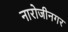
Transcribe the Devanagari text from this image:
नारोजीनगर